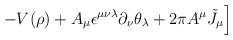
LaTeX: \begin{align*}\left. - V(\rho) + A_\mu \epsilon^{\mu\nu\lambda} \partial_\nu \theta_\lambda + 2 \pi A^\mu {\tilde J}_\mu \right]\end{align*}